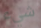
شيء